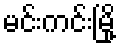
မင်းကင်းမြို့